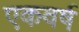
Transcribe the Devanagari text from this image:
एकवर्ष